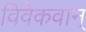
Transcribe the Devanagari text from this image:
विवेकवान्